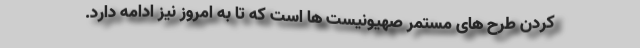
کردن طرح‌ های مستمر صهیونیست ‌ها است که تا به امروز نیز ادامه دارد.